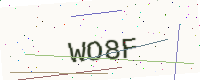
Text: WO8F